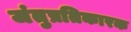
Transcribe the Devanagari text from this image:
जंतुप्रतिकारक